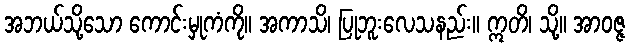
အဘယ်သို့သော ကောင်းမှုကံကို။ အကာသိ၊ ပြုဘူးလေသနည်း။ ဣတိ၊ သို့။ အာဝဇ္ဇ